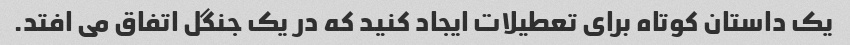
یک داستان کوتاه برای تعطیلات ایجاد کنید که در یک جنگل اتفاق می افتد.